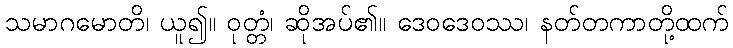
သမာဂမောတိ၊ ယူ၍။ ဝုတ္တံ၊ ဆိုအပ်၏။ ဒေဝဒေဝဿ၊ နတ်တကာတို့ထက်